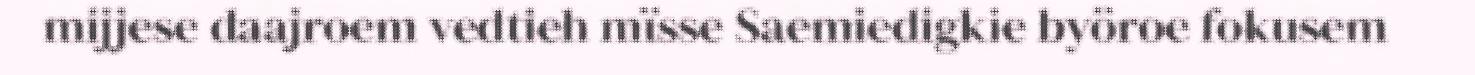
mijjese daajroem vedtieh mïsse Saemiedigkie byöroe fokusem